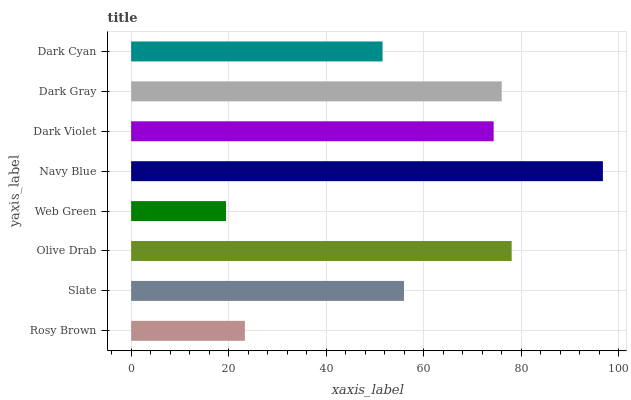
| yaxis_label | bars |
 | --- | --- |
 | Rosy Brown | 23.3 |
 | Slate | 56 |
 | Olive Drab | 78 |
 | Web Green | 19.5 |
 | Navy Blue | 96.7 |
 | Dark Violet | 74.3 |
 | Dark Gray | 76 |
 | Dark Cyan | 51.6 |